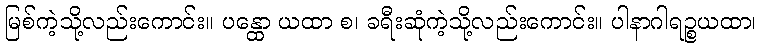
မြစ်ကဲ့သို့လည်းကောင်း။ ပန္ထော ယထာ စ၊ ခရီးဆုံကဲ့သို့လည်းကောင်း။ ပါနာဂါရဉ္စယထာ၊